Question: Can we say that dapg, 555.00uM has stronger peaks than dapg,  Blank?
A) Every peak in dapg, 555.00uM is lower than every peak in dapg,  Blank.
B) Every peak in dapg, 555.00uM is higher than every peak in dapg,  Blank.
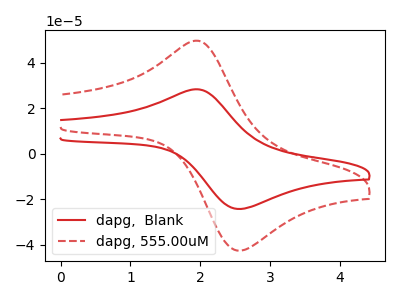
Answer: <think>The red curve "dapg,  Blank" has an anodic peak at (1.95V, 28.25uA) and a cathodic peak at (2.60V, -24.10uA). The red dashed curve "dapg, 555.00uM" has an anodic peak at (1.95V, 49.60uA) and a cathodic peak at (2.60V, -42.30uA).</think>
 <answer>B) Every peak in "dapg, 555.00uM" is higher than every peak in "dapg,  Blank".</answer>
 <eval>B</eval>